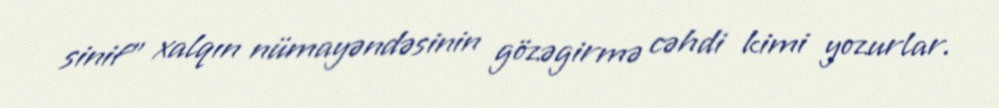
sinif” xalqın nümayəndəsinin gözəgirmə cəhdi kimi yozurlar.